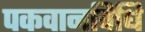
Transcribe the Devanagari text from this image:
पकवानविधि